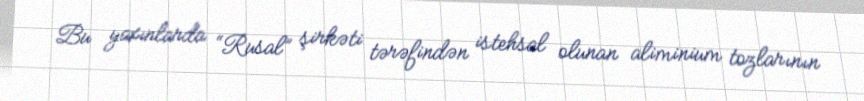
Bu yaxınlarda “Rusal” şirkəti tərəfindən istehsal olunan aliminium tozlarının